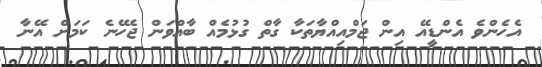
އެހެންވެ އެންޑީއޭ އިން ޖަމްއިއްޔާތަކާ ގާތް ގުޅުމެއް ބާއްވަން ޖެހޭނެ ކަމަށް އޭނާ